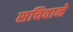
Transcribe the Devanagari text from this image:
सचिवाने